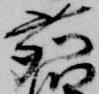
鹿